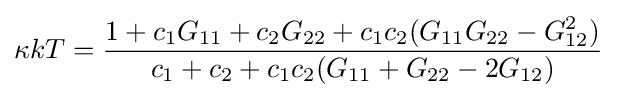
\kappa kT={\frac {1+c_{1}G_{11}+c_{2}G_{22}+c_{1}c_{2}(G_{11}G_{22}-G_{12}^{2})}{c_{1}+c_{2}+c_{1}c_{2}(G_{11}+G_{22}-2G_{12})}}